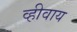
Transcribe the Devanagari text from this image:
व्हीवाय